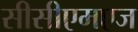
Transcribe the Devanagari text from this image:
सीसीएमएज